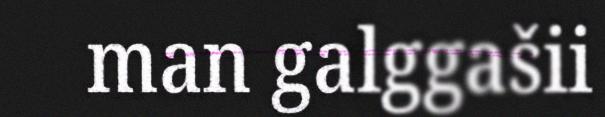
man galggašii